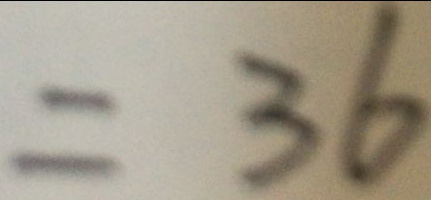
= 3 6